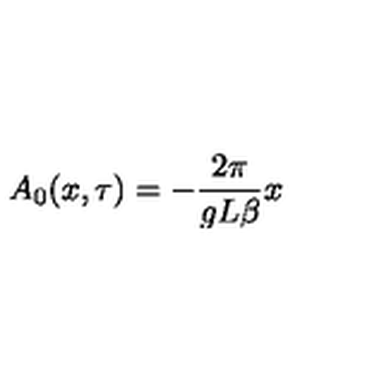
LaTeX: A _ { 0 } ( x , \tau ) = - \frac { 2 \pi } { g L \beta } x